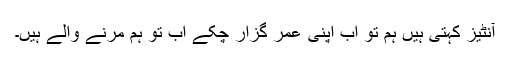
آنٹیز کہتی ہیں ہم تو اب اپنی عمر گزار چکے اب تو ہم مرنے والے ہیں۔